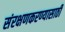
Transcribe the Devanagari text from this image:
संरक्षणकरण्यासाठी